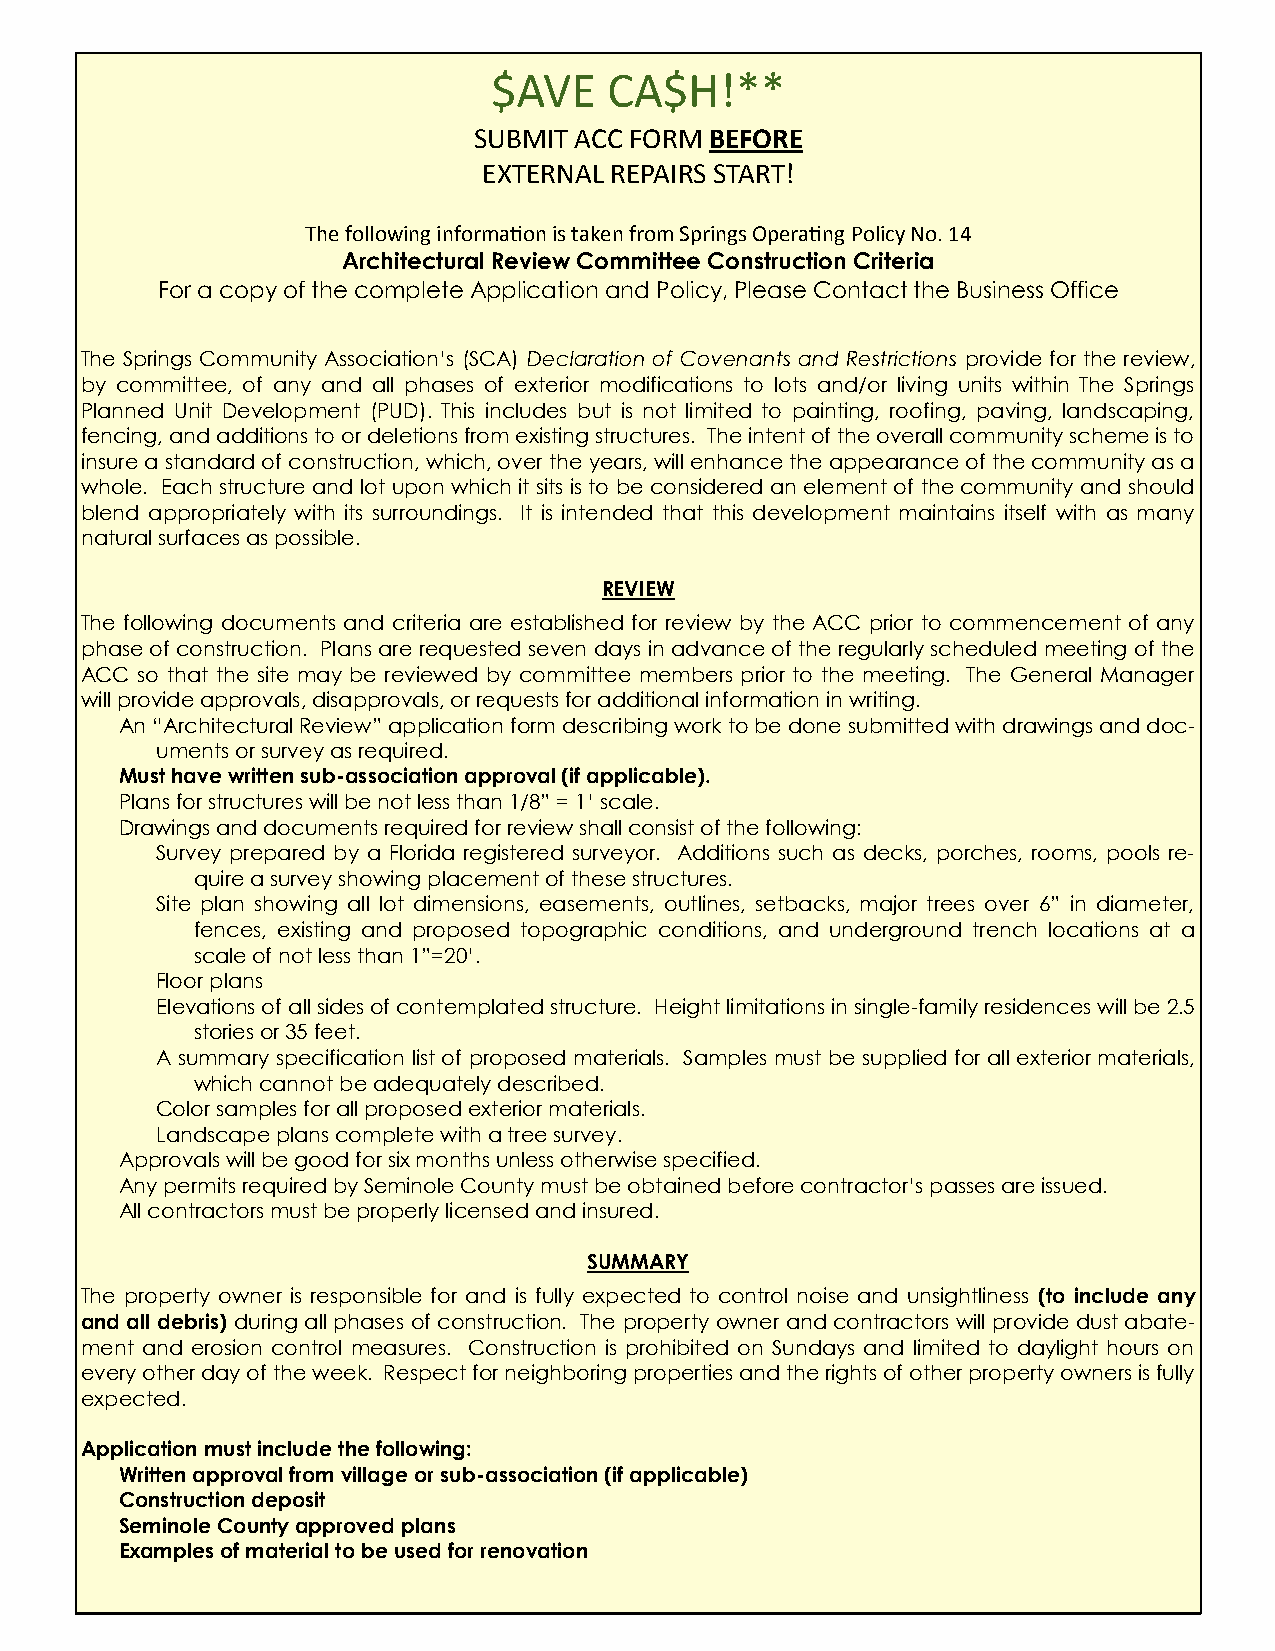
$AVE   CA$H!**
 SUBMIT ACC FORM BEFORE
 EXTERNAL REPAIRS START!
 The following information is taken from Springs Operating Policy No. 14
 Architectural Review Committee Construction Criteria
 For a copy of the complete Application and Policy, Please Contact the Business Office
 The Springs Community Association’s (SCA) Declaration of Covenants and Restrictions provide for the review,
 by committee, of any and all phases of exterior modifications to lots and/or living units within The Springs
 Planned Unit Development (PUD). This includes but is not limited to painting, roofing, paving, landscaping,
 fencing, and additions to or deletions from existing structures. The intent of the overall community scheme is to
 insure a standard of construction, which, over the years, will enhance the appearance of the community as a
 whole. Each structure and lot upon which it sits is to be considered an element of the community and should
 blend appropriately with its surroundings. It is intended that this development maintains itself with as many
 natural surfaces as possible.
 REVIEW
 The following documents and criteria are established for review by the ACC prior to commencement of any
 phase of construction. Plans are requested seven days in advance of the regularly scheduled meeting of the
 ACC so that the site may be reviewed by committee members prior to the meeting. The General Manager
 will provide approvals, disapprovals, or requests for additional information in writing.
 An “Architectural Review” application form describing work to be done submitted with drawings and doc-
 uments or survey as required.
 Must have written sub-association approval (if applicable).
 Plans for structures will be not less than 1/8” = 1’ scale.
 Drawings and documents required for review shall consist of the following:
 Survey prepared by a Florida registered surveyor. Additions such as decks, porches, rooms, pools re-
 quire a survey showing placement of these structures.
 Site plan showing all lot dimensions, easements, outlines, setbacks, major trees over 6” in diameter,
 fences, existing and proposed topographic conditions, and underground trench locations at a
 scale of not less than 1”=20’.
 Floor plans
 Elevations of all sides of contemplated structure. Height limitations in single-family residences will be 2.5
 stories or 35 feet.
 A summary specification list of proposed materials. Samples must be supplied for all exterior materials,
 which cannot be adequately described.
 Color samples for all proposed exterior materials.
 Landscape plans complete with a tree survey.
 Approvals will be good for six months unless otherwise specified.
 Any permits required by Seminole County must be obtained before contractor’s passes are issued.
 All contractors must be properly licensed and insured.
 SUMMARY
 The property owner is responsible for and is fully expected to control noise and unsightliness (to include any
 and all debris) during all phases of construction. The property owner and contractors will provide dust abate-
 ment and erosion control measures. Construction is prohibited on Sundays and limited to daylight hours on
 every other day of the week. Respect for neighboring properties and the rights of other property owners is fully
 expected.
 Application must include the following:
 Written approval from village or sub-association (if applicable)
 Construction deposit
 Seminole County approved plans
 Examples of material to be used for renovation